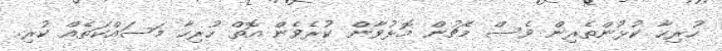
ހުރިހާ ކުޅުންތެރިން ވެސް މެޗުން މޮޅުވާން ކުރެވެން އޮތް ހުރިހާ މަސައްކަތެއް ކުރި.